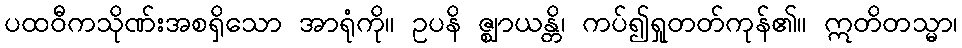
ပထဝီကသိုဏ်းအစရှိသော အာရုံကို။ ဥပနိ ဇ္ဈာယန္တိ၊ ကပ်၍ရှုတတ်ကုန်၏။ ဣတိတသ္မာ၊